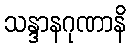
သန္ဒာနဂုဏာနိ